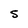
Character: S